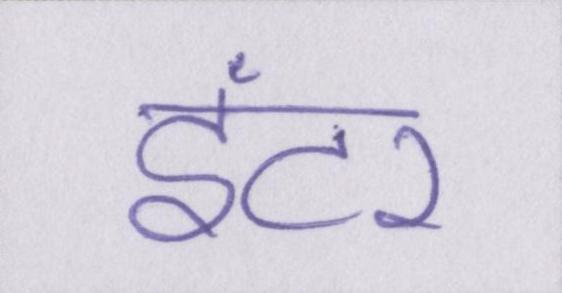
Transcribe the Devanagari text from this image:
इंटर